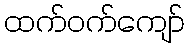
ထက်ဝက်ကျော်